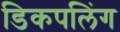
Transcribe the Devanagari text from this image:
डिकपलिंग